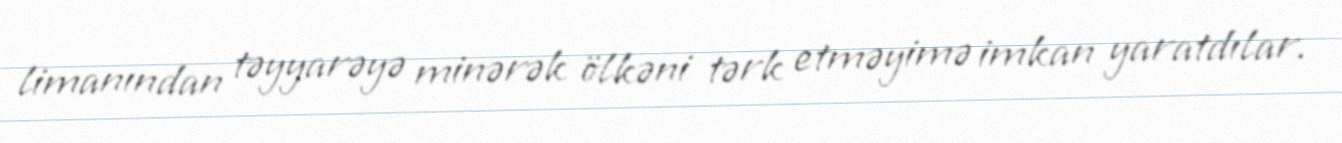
limanından təyyarəyə minərək ölkəni tərk etməyimə imkan yaratdılar.